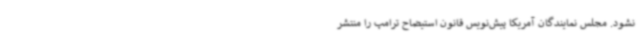
نشود. مجلس نمایندگان آمریکا پیش‌نویس قانون استیضاح ترامپ را منتشر